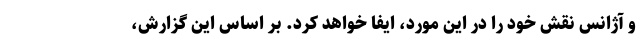
و آژانس نقش خود را در این مورد، ایفا خواهد کرد. بر اساس این گزارش،